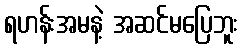
ရဟန်းအမနဲ့ အဆင်မပြေဘူး